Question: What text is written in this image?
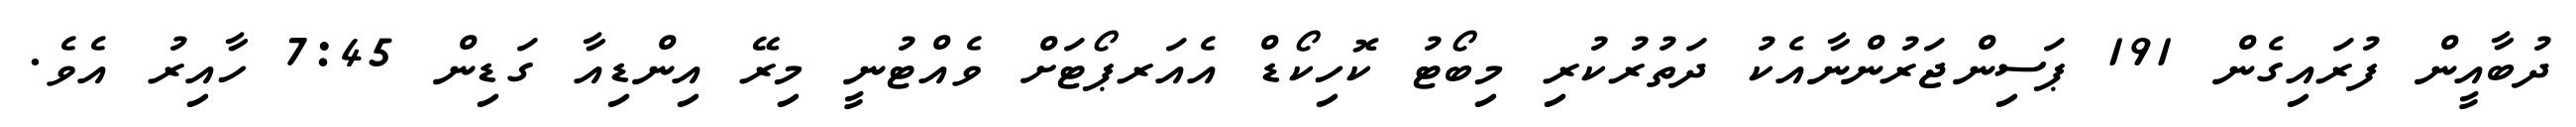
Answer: ދުބާއީން ފުރައިގެން 191 ޕަސިންޖަރުންނާއެކު ދަތުރުކުރި މިބޯޓު ކޮހިކޯޑް އެއަރޕޯޓަށް ވެއްޓުނީ މިރޭ އިންޑިއާ ގަޑިން 7:45 ހާއިރު އެވެ.